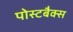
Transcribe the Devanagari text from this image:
पोस्टबैक्स